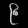
Digit: ၉